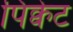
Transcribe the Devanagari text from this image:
पिक्वेट